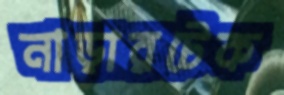
নাড়ারটেক